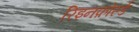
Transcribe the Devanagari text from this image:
रिइनफ़ोर्स्ड